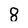
Character: 8